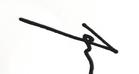
Signature authenticity: genuine